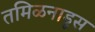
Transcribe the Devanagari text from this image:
तमिळनाडूस